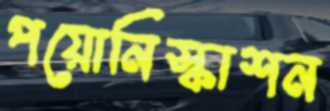
পয়োনিস্কাশন